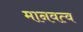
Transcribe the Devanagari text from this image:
मानवत्व